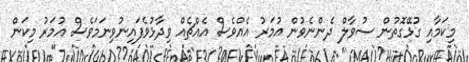
މިކަމާއި ގުޅޭގޮތުން ސުވާލް ދެންނެވުން އުމަރު އެއްވެސް އެއްޗެއް ވިދާޅުވެފައިނުވިނަމަވެސް އުމަރު މިކަން